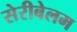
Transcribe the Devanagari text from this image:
सेरीबेलम